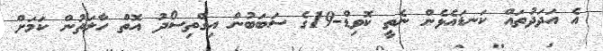
އެ އަދަދުތައް ކަނޑައެޅެން ނެތީ ކޮވިޑް-19ގެ ސަބަބުން އިގްތިސޯދު އޮތް ހާލަތުން ކަމަށް